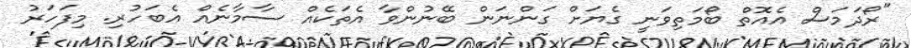
"ރޯދަމަސް އެއޮތް ބޯމަތިވަނީ ގެޔަށް ގަންނަން ބޭނުންވާ އެތަކެއް ސާމާނެއް އެބަހުރި. މިފަހަރު